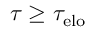
\tau \geq \tau _ { \mathrm { e l o } }